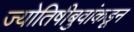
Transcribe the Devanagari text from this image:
ज्योतिषीबुवांकडून